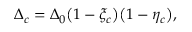
\Delta _ { c } = \Delta _ { 0 } \big ( 1 - \xi _ { c } \big ) \big ( 1 - \eta _ { c } \big ) ,